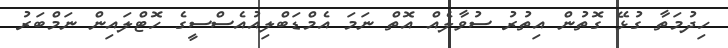
ހިދުމަތާ ގުޅޭ ގޮތުން އިތުރު ސުވާލެއް އޮތް ނަމަ އެމްޑަބްލިއުއެސްސީގެ ހޮޓްލައިން ނަމްބަރު